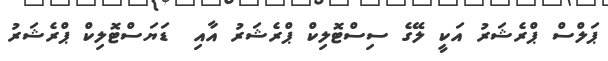
ޕަލްސް ޕްރެޝަރު އަކީ ލޭގެ ސިސްޓޮލިކް ޕްރެޝަރު އާއި  ޑަޔަސްޓޮލިކް ޕްރެޝަރު